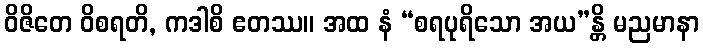
ဝိဇိတေ ဝိစရတိ, ကဒါစိ ဧတဿ။ အထ နံ “စရပုရိသော အယ”န္တိ မညမာနာ